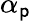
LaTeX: \alpha_{\mathsf{p}}